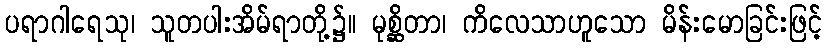
ပရာဂါရေသု၊ သူတပါးအိမ်ရာတို့၌။ မုစ္ဆိတာ၊ ကိလေသာဟူသော မိန်းမောခြင်းဖြင့်